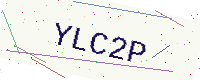
Text: YLC2P